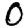
Digit: 0